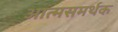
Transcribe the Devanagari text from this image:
आत्मसमर्थक